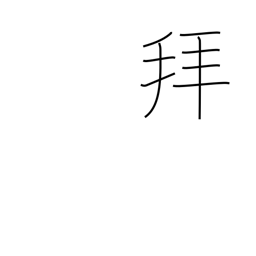
Meaning: pray to